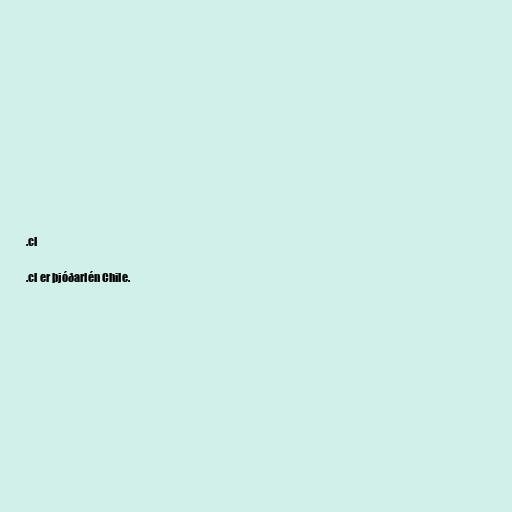
.cl

.cl er þjóðarlén Chile.